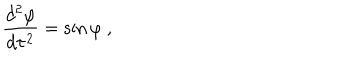
{ \frac { d ^ { 2 } \varphi } { d \tau ^ { 2 } } } = \sin \varphi \ ,